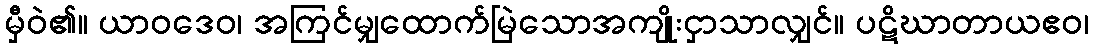
မှီဝဲ၏။ ယာဝဒေဝ၊ အကြင်မျှထောက်မြဲသောအကျိုးငှာသာလျှင်။ ပဋိဃာတာယဧဝ၊